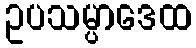
ဥပသမ္ပာဒေထ